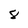
Character: 8